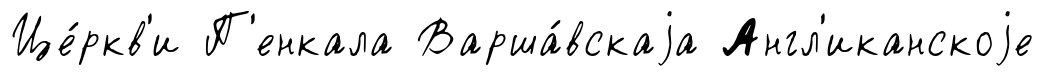
Це́ркв'и П'енкала Варша́вскаjа Англ'иканскоjе